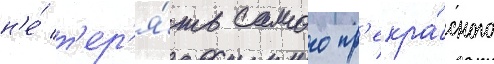
н'е́ т'ер'я́ть самого пр'екра́сного